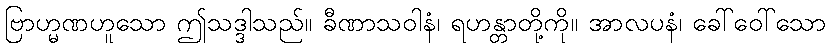
ဗြာဟ္မဏဟူသော ဤသဒ္ဒါသည်။ ခီဏာသဝါနံ၊ ရဟန္တာတို့ကို။ အာလပနံ၊ ခေါ်ဝေါ်သော